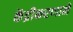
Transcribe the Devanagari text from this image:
केंद्रीकरणाने